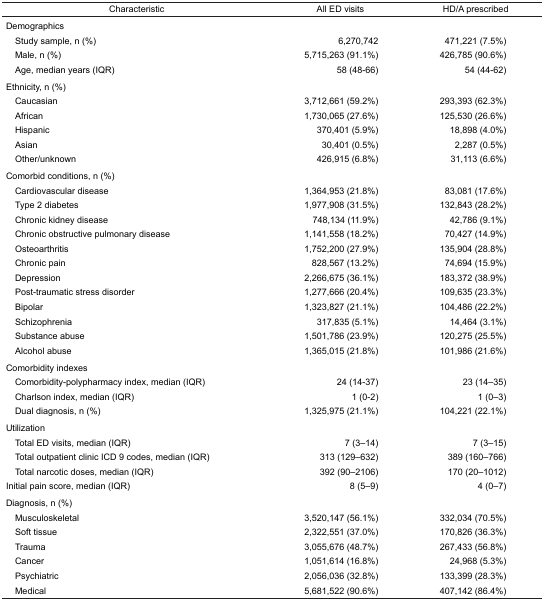
<table><thead><tr><td><b>Characteristic</b></td><td><b>All ED visits</b></td><td><b>HD/A prescribed</b></td></tr></thead><tbody><tr><td colspan="3">Demographics</td></tr><tr><td> Study sample, n (%)</td><td>6,270,742</td><td>471,221 (7.5%)</td></tr><tr><td> Male, n (%)</td><td>5,715,263 (91.1%)</td><td>426,785 (90.6%)</td></tr><tr><td> Age, median years (IQR)</td><td>58 (48–66)</td><td>54 (44–62)</td></tr><tr><td colspan="3">Ethnicity, n (%)</td></tr><tr><td> Caucasian</td><td>3,712,661 (59.2%)</td><td>293,393 (62.3%)</td></tr><tr><td> African</td><td>1,730,065 (27.6%)</td><td>125,530 (26.6%)</td></tr><tr><td> Hispanic</td><td>370,401 (5.9%)</td><td>18,898 (4.0%)</td></tr><tr><td> Asian</td><td>30,401 (0.5%)</td><td>2,287 (0.5%)</td></tr><tr><td> Other/unknown</td><td>426,915 (6.8%)</td><td>31,113 (6.6%)</td></tr><tr><td colspan="3">Comorbid conditions, n (%)</td></tr><tr><td> Cardiovascular disease</td><td>1,364,953 (21.8%)</td><td>83,081 (17.6%)</td></tr><tr><td> Type 2 diabetes</td><td>1,977,908 (31.5%)</td><td>132,843 (28.2%)</td></tr><tr><td> Chronic kidney disease</td><td>748,134 (11.9%)</td><td>42,786 (9.1%)</td></tr><tr><td> Chronic obstructive pulmonary disease</td><td>1,141,558 (18.2%)</td><td>70,427 (14.9%)</td></tr><tr><td> Osteoarthritis</td><td>1,752,200 (27.9%)</td><td>135,904 (28.8%)</td></tr><tr><td> Chronic pain</td><td>828,567 (13.2%)</td><td>74,694 (15.9%)</td></tr><tr><td> Depression</td><td>2,266,675 (36.1%)</td><td>183,372 (38.9%)</td></tr><tr><td> Post-traumatic stress disorder</td><td>1,277,666 (20.4%)</td><td>109,635 (23.3%)</td></tr><tr><td> Bipolar</td><td>1,323,827 (21.1%)</td><td>104,486 (22.2%)</td></tr><tr><td> Schizophrenia</td><td>317,835 (5.1%)</td><td>14,464 (3.1%)</td></tr><tr><td> Substance abuse</td><td>1,501,786 (23.9%)</td><td>120,275 (25.5%)</td></tr><tr><td> Alcohol abuse</td><td>1,365,015 (21.8%)</td><td>101,986 (21.6%)</td></tr><tr><td colspan="3">Comorbidity indexes</td></tr><tr><td> Comorbidity-polypharmacy index, median (IQR)</td><td>24 (14–37)</td><td>23 (14–35)</td></tr><tr><td> Charlson index, median (IQR)</td><td>1 (0–2)</td><td>1 (0–3)</td></tr><tr><td> Dual diagnosis, n (%)</td><td>1,325,975 (21.1%)</td><td>104,221 (22.1%)</td></tr><tr><td colspan="3">Utilization</td></tr><tr><td> Total ED visits, median (IQR)</td><td>7 (3–14)</td><td>7 (3–15)</td></tr><tr><td> Total outpatient clinic ICD 9 codes, median (IQR)</td><td>313 (129–632)</td><td>389 (160–766)</td></tr><tr><td> Total narcotic doses, median (IQR)</td><td>392 (90–2106)</td><td>170 (20–1012)</td></tr><tr><td>Initial pain score, median (IQR)</td><td>8 (5–9)</td><td>4 (0–7)</td></tr><tr><td colspan="3">Diagnosis, n (%)</td></tr><tr><td> Musculoskeletal</td><td>3,520,147 (56.1%)</td><td>332,034 (70.5%)</td></tr><tr><td> Soft tissue</td><td>2,322,551 (37.0%)</td><td>170,826 (36.3%)</td></tr><tr><td> Trauma</td><td>3,055,676 (48.7%)</td><td>267,433 (56.8%)</td></tr><tr><td> Cancer</td><td>1,051,614 (16.8%)</td><td>24,968 (5.3%)</td></tr><tr><td> Psychiatric</td><td>2,056,036 (32.8%)</td><td>133,399 (28.3%)</td></tr><tr><td> Medical</td><td>5,681,522 (90.6%)</td><td>407,142 (86.4%)</td></tr></tbody></table>